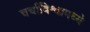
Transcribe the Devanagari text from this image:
चर्चाविश्वामध्ये